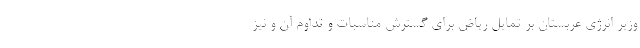
وزیر انرژی عربستان بر تمایل ریاض برای گسترش مناسبات و تداوم آن و نیز